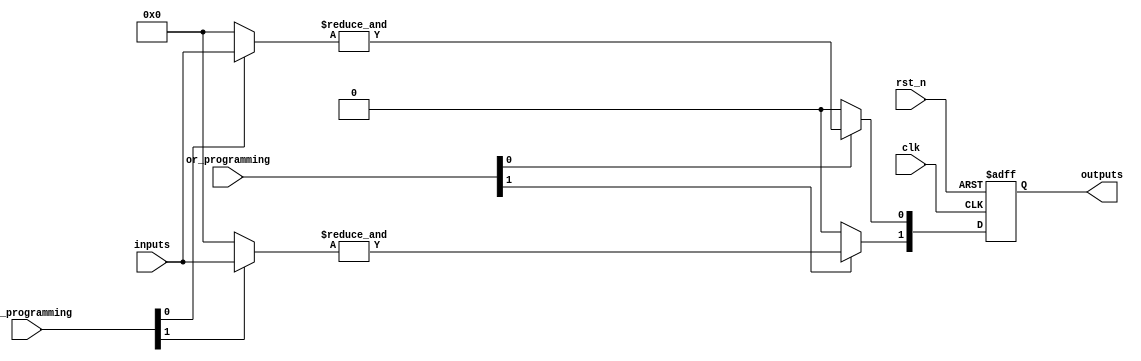
module rpal #(
    parameter NUM_AND_GATES = 4,  // Number of AND gates
    parameter NUM_OR_GATES = 2,   // Number of OR gates
    parameter NUM_INPUTS = 8,     // Total number of inputs
    parameter NUM_OUTPUTS = 2      // Total number of outputs
)(
    input wire clk,                // Clock signal
    input wire rst_n,              // Active low reset
    input wire [NUM_INPUTS-1:0] inputs, // Primary inputs
    input wire [NUM_AND_GATES-1:0] and_programming, // Programming for AND gates
    input wire [NUM_OR_GATES-1:0] or_programming,  // Programming for OR gates
    output reg [NUM_OUTPUTS-1:0] outputs // Registered outputs
);

    // Internal signals for AND gates
    wire [NUM_AND_GATES-1:0] and_out;
    
    // AND Gate Logic
    genvar i, j;
    generate
        for (i = 0; i < NUM_AND_GATES; i = i + 1) begin : and_gate
            wire [NUM_INPUTS-1:0] and_inputs;
            
            // AND gate input selection based on programming
            assign and_inputs = and_programming[i] ? inputs : 0; // Example: can modify based on actual programming logic
            assign and_out[i] = &and_inputs; // AND operation
        end
    endgenerate

    // OR Gate Logic
    wire [NUM_OR_GATES-1:0] or_out;
    generate
        for (j = 0; j < NUM_OR_GATES; j = j + 1) begin : or_gate
            // OR gate selection based on programming
            assign or_out[j] = or_programming[j] ? and_out[j] : 0; // Example: can modify based on actual programming logic
        end
    endgenerate

    // Registering Outputs
    always @(posedge clk or negedge rst_n) begin
        if (!rst_n) begin
            outputs <= {NUM_OUTPUTS{1'b0}}; // Reset outputs to 0
        end else begin
            // Registering the OR outputs
            outputs <= or_out; // Store OR outputs
        end
    end

endmodule